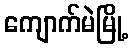
ကျောက်မဲမြို့